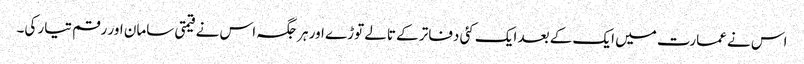
اس نے عمارت میں ایک کے بعد ایک کئی دفاتر کے تالے توڑے اور ہرجگہ اس نے قیمتی سامان اور رقم تیار کی۔